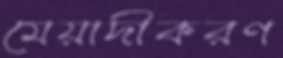
মেয়াদীকরণ